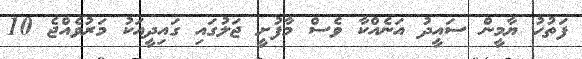
ފަތުހު ޔާމީން ސައީދު އަނެއްކާ ވެސް މާފުށީ ޖަލުގައި ގައިދީއަކު މަރުވެއްޖެ 10